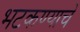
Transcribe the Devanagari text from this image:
भटकण्याचे